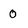
Character: 0